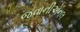
જવાનીએનલ